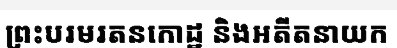
ព្រះបរមរតនកោដ្ឋ និងអតីតនាយក